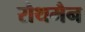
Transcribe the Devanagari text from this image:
रौथमैन